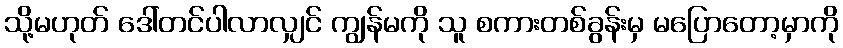
သို့မဟုတ် ဒေါ်တင်ပါလာလျှင် ကျွန်မကို သူ စကားတစ်ခွန်းမှ မပြောတော့မှာကို